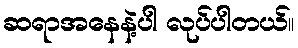
ဆရာအနေနဲ့ပါ လုပ်ပါတယ်။